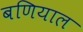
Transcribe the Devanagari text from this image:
बणियाल